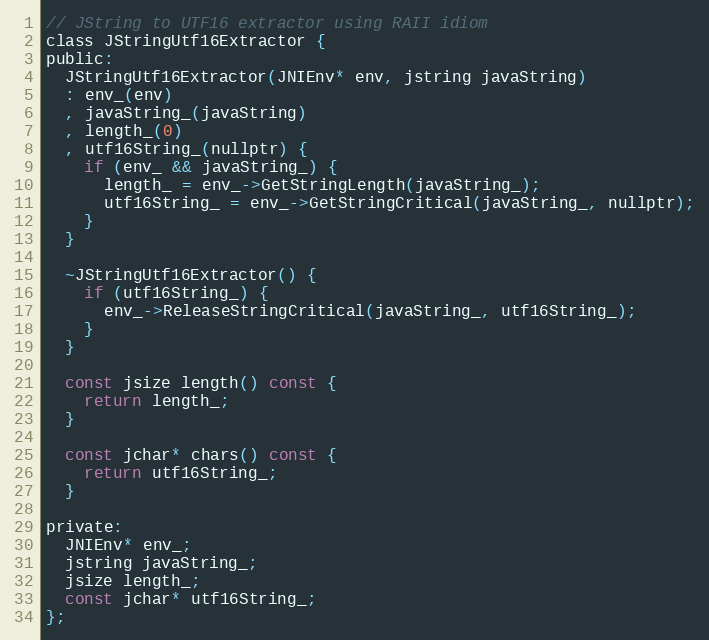
Language: C
// JString to UTF16 extractor using RAII idiom
class JStringUtf16Extractor {
public:
  JStringUtf16Extractor(JNIEnv* env, jstring javaString)
  : env_(env)
  , javaString_(javaString)
  , length_(0)
  , utf16String_(nullptr) {
    if (env_ && javaString_) {
      length_ = env_->GetStringLength(javaString_);
      utf16String_ = env_->GetStringCritical(javaString_, nullptr);
    }
  }

  ~JStringUtf16Extractor() {
    if (utf16String_) {
      env_->ReleaseStringCritical(javaString_, utf16String_);
    }
  }

  const jsize length() const {
    return length_;
  }

  const jchar* chars() const {
    return utf16String_;
  }

private:
  JNIEnv* env_;
  jstring javaString_;
  jsize length_;
  const jchar* utf16String_;
};